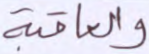
والعاقبة